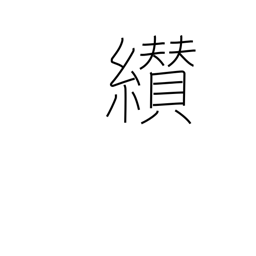
Meaning: succeed to